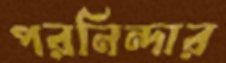
পরনিন্দার